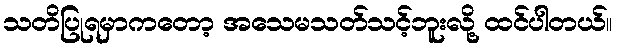
သတိပြုရမှာကတော့ အသေမသတ်သင့်ဘူးလို့ ထင်ပါတယ်။